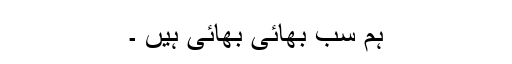
ہم سب بھائی بھائی ہیں ۔